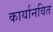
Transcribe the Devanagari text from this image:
कार्यानवित